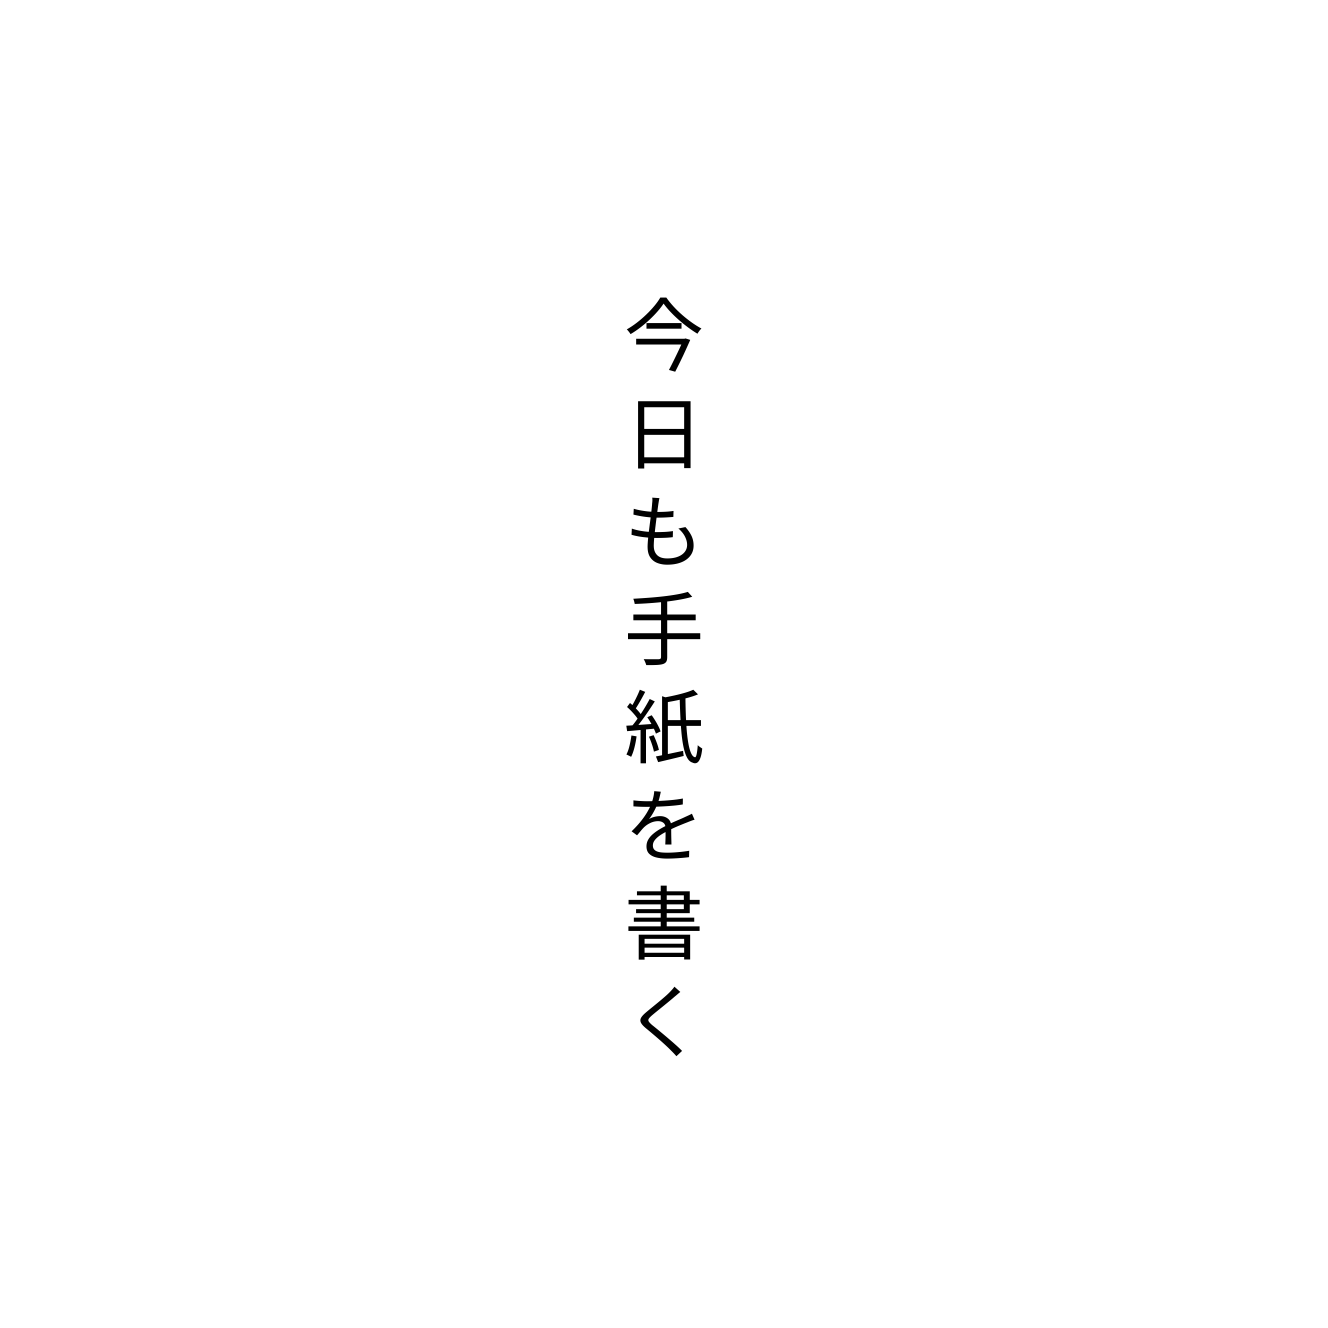
今日も手紙を書く